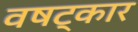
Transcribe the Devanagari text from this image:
वषट्कार